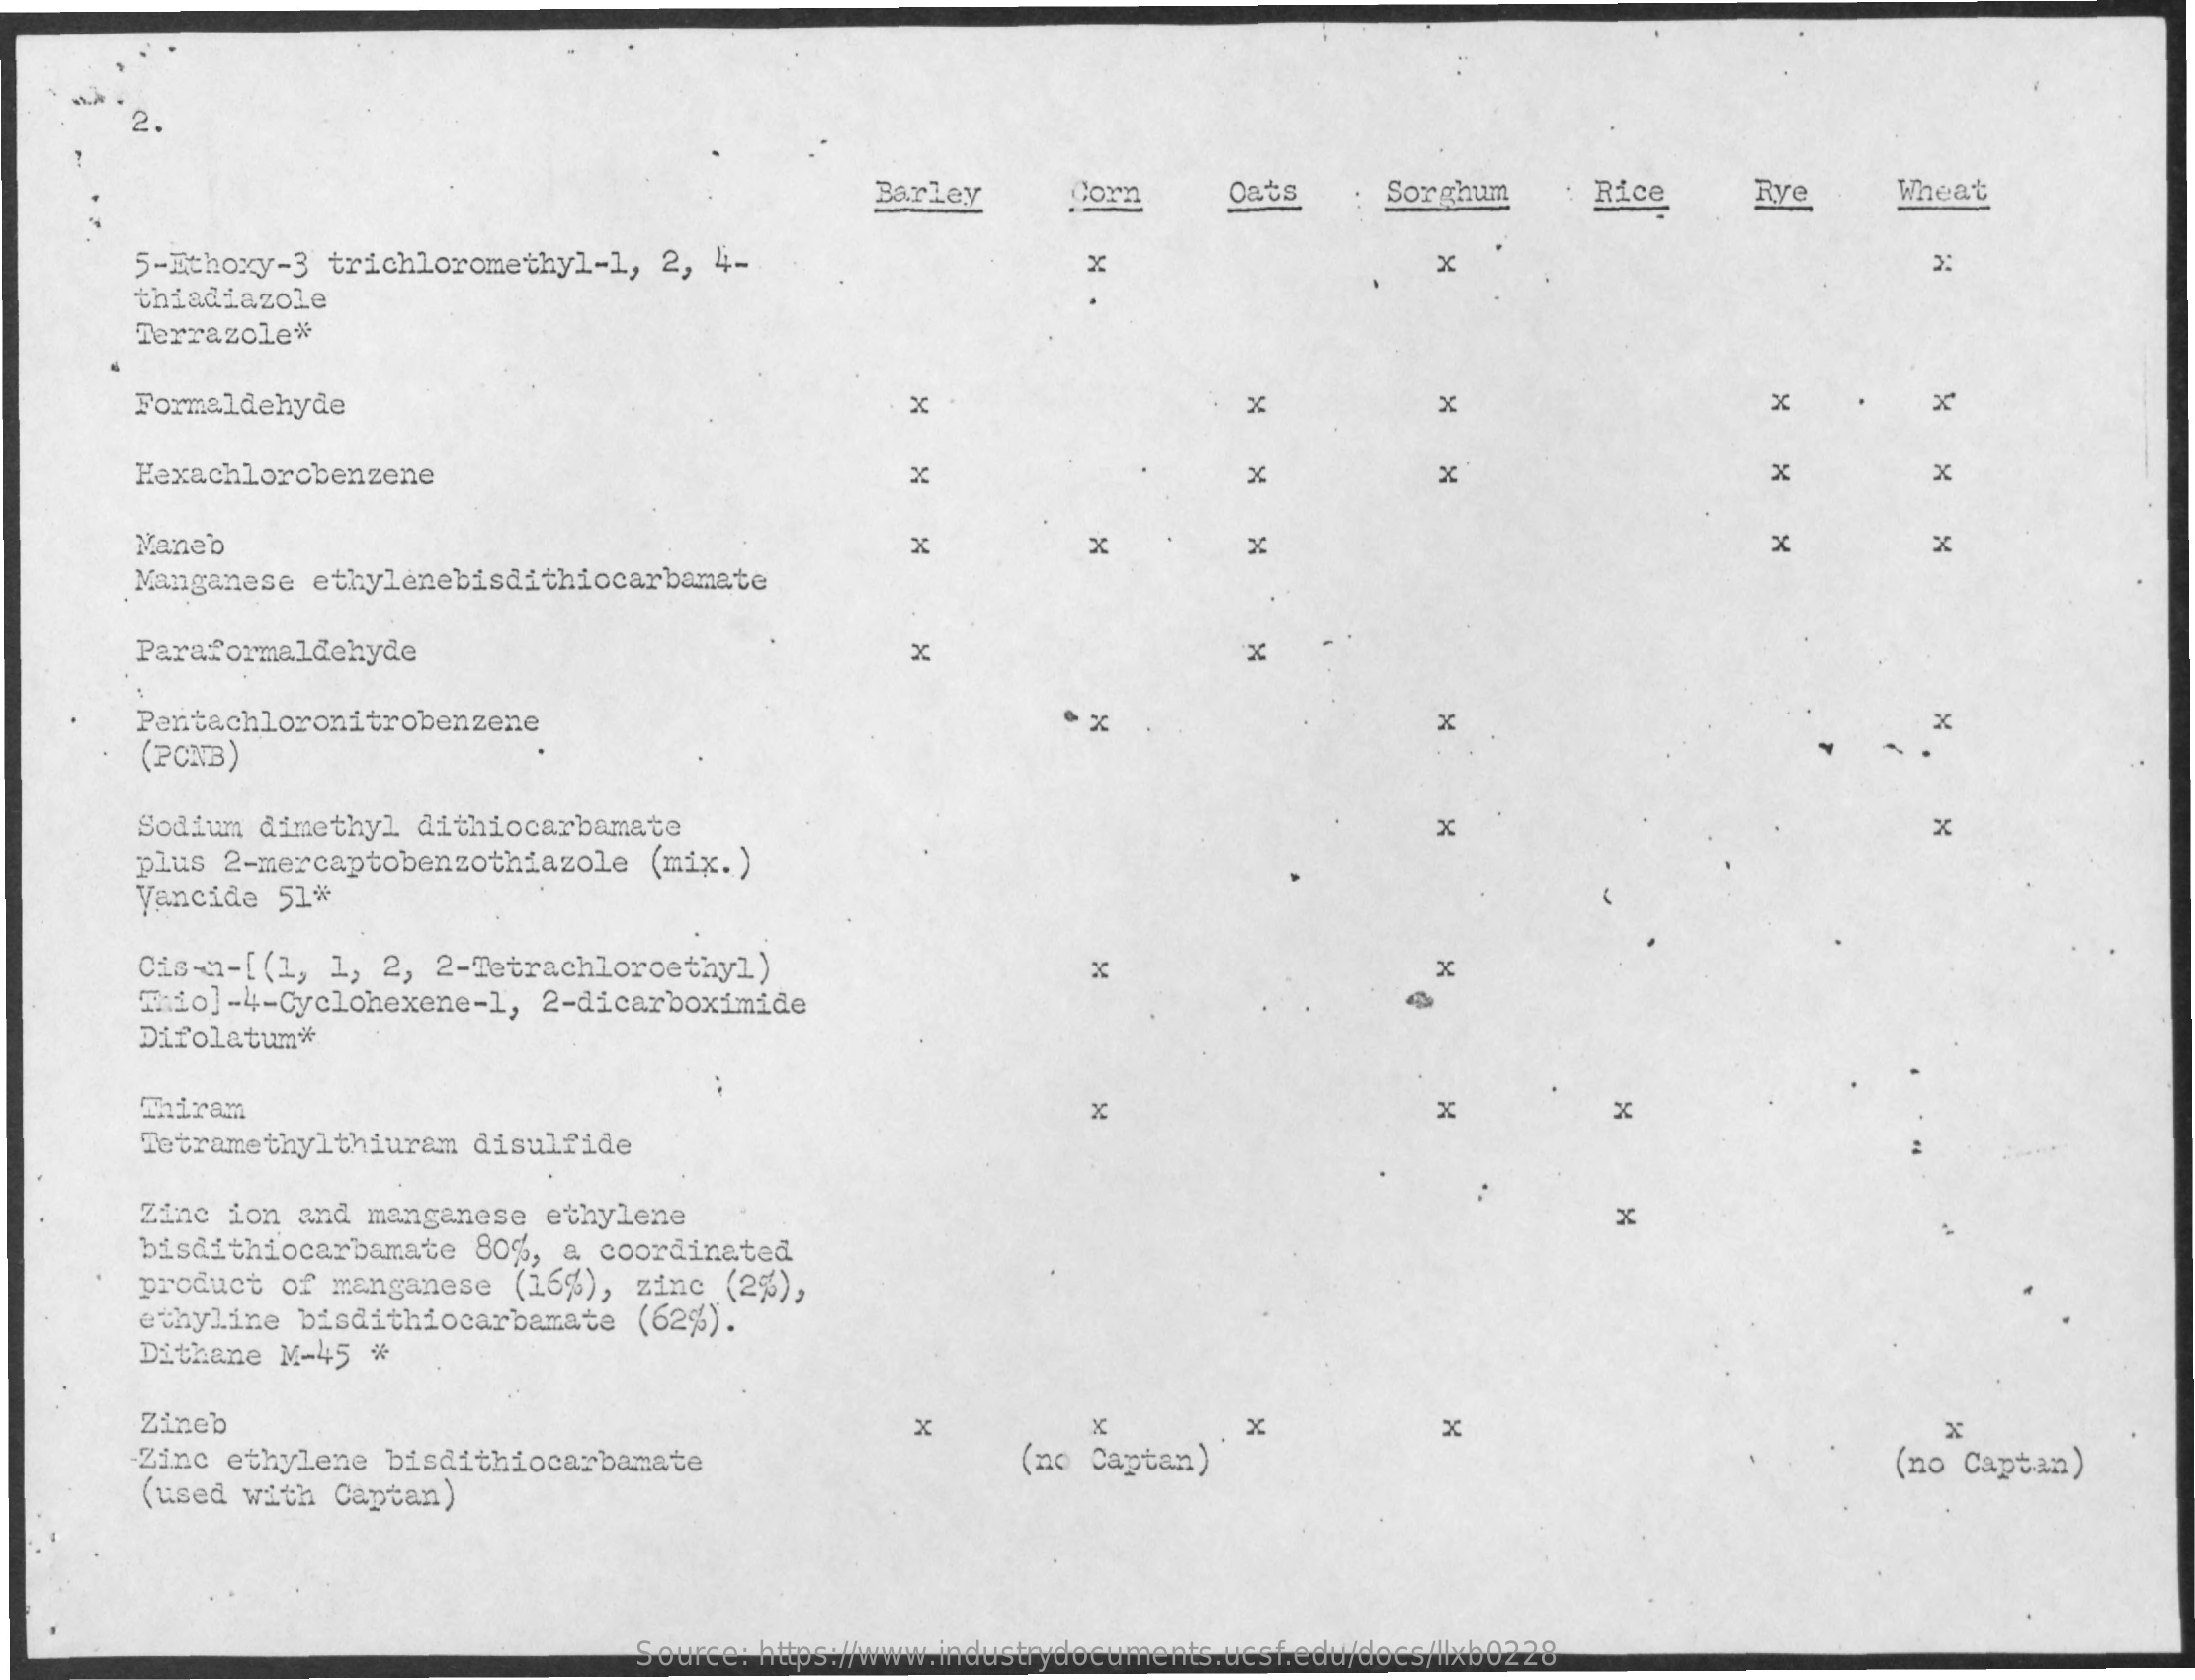
Barley    Corn    Oats    Sorghum    Rice    Rye    Wheat
     5-Ethoxy-3  trichloromethyl-1,    2, 4-    x
     thiadiazole
     Terrazole*
     Formaldehyde    x    x    x    x
     Hexachlorobenzene    ×    x    x    x    x
     Mane'b    x    x    x    ×
     Manganese  ethylenebisdithiocarbamate
     Paraformaldehyde    x
     Pentachloronitrobenzene    x    x
     (PONB)
     x
     Sodium  dimethyl  dithiocarbamate    x    x
     plus 2-mercaptobenzothiazole    (mix.)
     Vancide  51%
     Cis-n-[ (1, 1,  2, 2-Tetrachloroethyl)    x    %
     Thio]-4-Cyclohexene-1,    2-dicarboximide
     Difolatum*
     Thiram    x    x    x
     Tetramethylthiuram    disulfide
     Zinc  ion and  manganese  ethylene    x
     bisdithiocarbamate    80%, a  coordinated
     product  of manganese   (16%),  zinc  (2%),
     ethyline  bisdithiocarbamate    (62%).
     Dithane  M-45  *
     Zineb    x
     Zinc  ethylene  bisdithiocarbamat    (no Captan)
     X    x    x    x
     (used  with Captan)
     (no Captan)
     Source: https://www.industrydocuments.ucsf.edu/docs/llxb0228